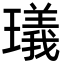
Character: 㼁